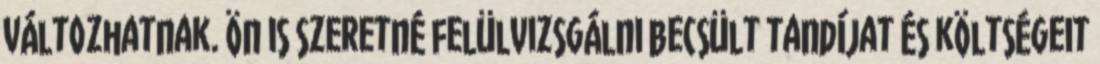
változhatnak. Ön is szeretné felülvizsgálni becsült tandíjat és költségeit